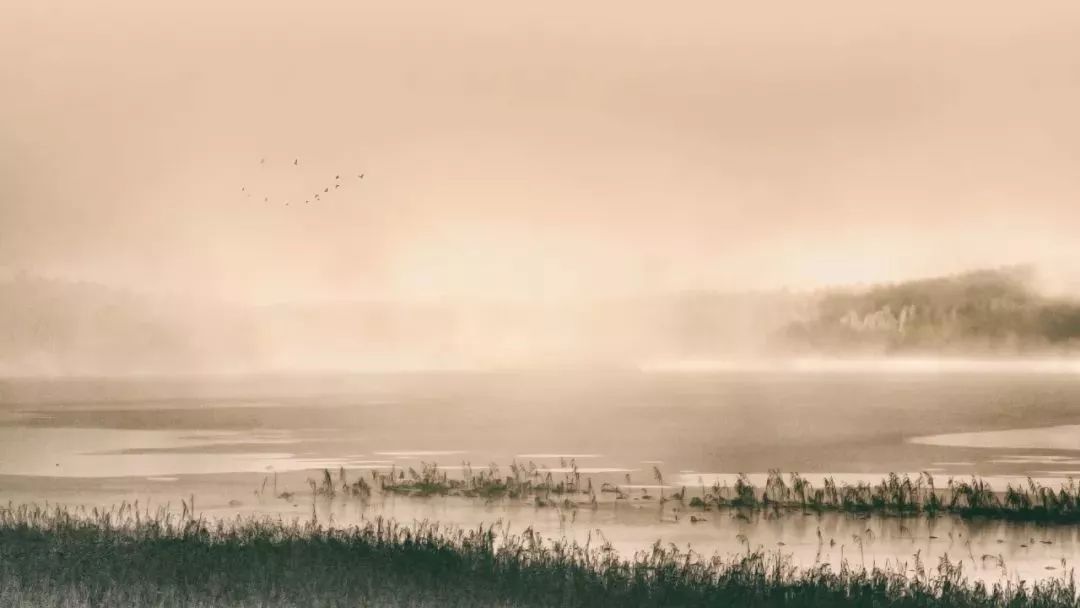
望以斜阳欲尽时，不见西飞雁。